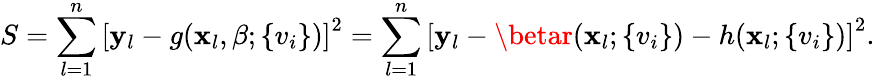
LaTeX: S=\sum_{l=1}^{n}\left[\mathbf{y}_{l}-g(\mathbf{x}_{l},\beta;\{ v_{i}\} )\right]^{2}=\sum_{l=1}^{n}\left[\mathbf{y}_{l}-\betar(\mathbf{x}_{l};\{ v_{i}\} )-h(\mathbf{x}_{l};\{ v_{i}\} )\right]^{2}.